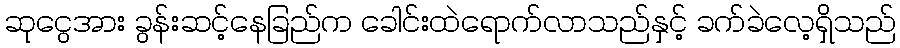
ဆုငွေအား ခွန်းဆင့်နေခြည်က ခေါင်းထဲရောက်လာသည်နှင့် ခက်ခဲလေ့ရှိသည်